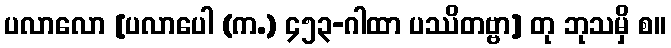
ပလာလော [ပလာပေါ (က.) ၄၅၃-ဂါထာ ပဿိတဗ္ဗာ] တု ဘုသမှိ စ။